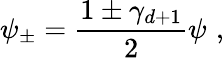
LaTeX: \psi_{\pm}=\frac{1\pm\gamma_{d+1}}{2}\psi\, \, ,